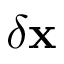
\delta \mathbf { x }